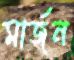
মার্জন